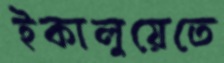
ইকালুয়েতে